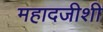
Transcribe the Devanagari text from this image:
महादजीशी